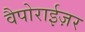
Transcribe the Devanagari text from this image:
वैपोराईज़र